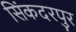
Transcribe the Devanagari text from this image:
सिंकदरपुर